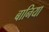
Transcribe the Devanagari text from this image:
बानिया